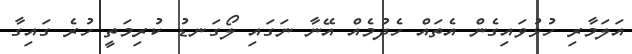
އަލަމާރި ހުޅުވައިގެން އެތައް ހެދުމެއް އޭނާ ނަގައި ލޯގަނޑު ކުރިމަތީ ހުރެ ގައިގާ